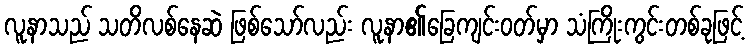
လူနာသည် သတိလစ်နေဆဲ ဖြစ်သော်လည်း လူနာ၏ခြေကျင်းဝတ်မှာ သံကြိုးကွင်းတစ်ခုဖြင့်